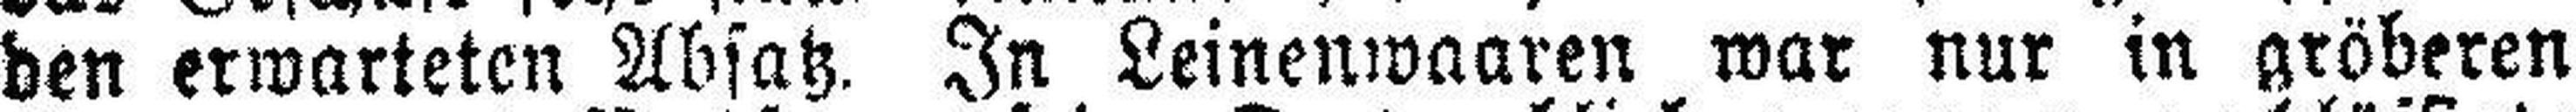
den erwarteten Absatz. In Leinenwaaren war nur in gröberen